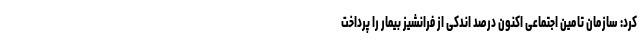
کرد: سازمان تامین اجتماعی اکنون درصد اندکی از فرانشیز بیمار را پرداخت